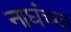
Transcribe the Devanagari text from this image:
नाघंच्या